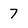
Character: 7